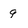
Character: g